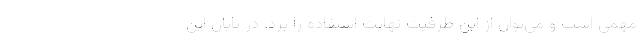
مهمی است و می‌توان از این ظرفیت نهایت استفاده را برد. در پایان این